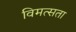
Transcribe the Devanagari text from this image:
विमत्सता